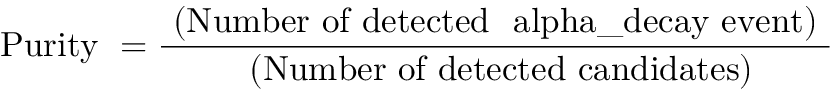
\mathrm { { P u r i t y } ~ = \frac { ~ \mathrm { { ( N u m b e r ~ o f ~ d e t e c t e d } ~ \ a l p h a \mathrm { { \_ d e c a y ~ e v e n t ) } ~ } } } { ~ \mathrm { { ( N u m b e r ~ o f ~ d e t e c t e d ~ c a n d i d a t e s ) } } } }